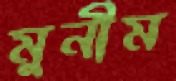
মুনীম